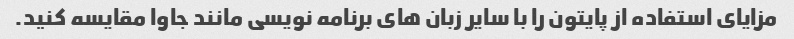
مزایای استفاده از پایتون را با سایر زبان های برنامه نویسی مانند جاوا مقایسه کنید.